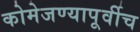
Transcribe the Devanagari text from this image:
कोमेजण्यापूर्वीच